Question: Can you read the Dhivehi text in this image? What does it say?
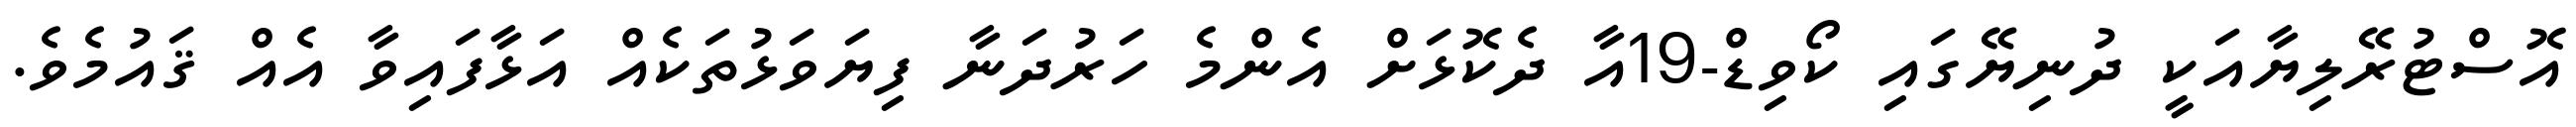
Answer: އޮސްޓުރޭލިޔާއަކީ ދުނިޔޭގައި ކޯވިޑް-19އާ ދެކޮޅަށް އެންމެ ހަރުދަނާ ފިޔަވަޅުތަކެއް އަޅާފައިވާ އެއް ޤައުމެވެ.